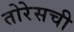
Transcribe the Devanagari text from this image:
तोरेसची